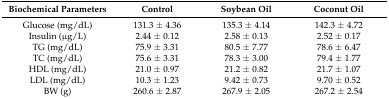
<table><thead><tr><td><b>Biochemical Parameters</b></td><td><b>Control</b></td><td><b>Soybean Oil</b></td><td><b>Coconut Oil</b></td></tr></thead><tbody><tr><td>Glucose (mg/dL)</td><td>131.3 ± 4.36</td><td>135.3 ± 4.14</td><td>142.3 ± 4.72</td></tr><tr><td>Insulin (μg/L)</td><td>2.44 ± 0.12</td><td>2.58 ± 0.13</td><td>2.52 ± 0.17</td></tr><tr><td>TG (mg/dL)</td><td>75.9 ± 3.31</td><td>80.5 ± 7.77</td><td>78.6 ± 6.47</td></tr><tr><td>TC (mg/dL)</td><td>75.6 ± 3.31</td><td>78.3 ± 3.00</td><td>79.4 ± 1.77</td></tr><tr><td>HDL (mg/dL)</td><td>21.0 ± 0.97</td><td>21.2 ± 0.82</td><td>21.7 ± 1.07</td></tr><tr><td>LDL (mg/dL)</td><td>10.3 ± 1.23</td><td>9.42 ± 0.73</td><td>9.70 ± 0.52</td></tr><tr><td>BW (g)</td><td>260.6 ± 2.87</td><td>267.9 ± 2.05</td><td>267.2 ± 2.54</td></tr></tbody></table>